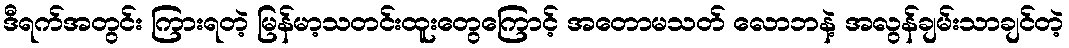
ဒီရက်အတွင်း ကြားရတဲ့ မြန်မာ့သတင်းထူးတွေကြောင့် အတောမသတ် လောဘနဲ့ အလွန်ချမ်းသာချင်တဲ့